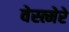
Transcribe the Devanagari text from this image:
वेस्त्मेरे